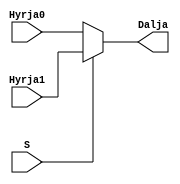
`timescale 1ns / 1ps
//////////////////////////////////////////////////////////////////////////////////
// Company: 
// Engineer: 
// 
// Design Name: 
// Module Name: mux2ne1
// Project Name: 
// Target Devices: 
// Tool Versions: 
// Description: 
// 
// Dependencies: 
// 
// Revision:
// Revision 0.01 - File Created
// Additional Comments:
// 
//////////////////////////////////////////////////////////////////////////////////


module mux2ne1(
input Hyrja0,
    input Hyrja1,
    input S,
    output Dalja  
    );
     assign Dalja = S ? Hyrja1 : Hyrja0;
endmodule